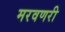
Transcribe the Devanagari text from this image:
मरवणरी